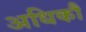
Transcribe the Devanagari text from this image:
अधिकौ